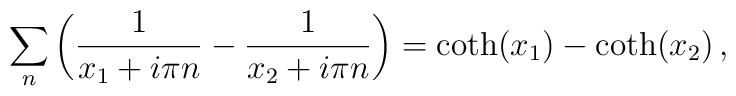
\sum_n\left(\frac{1}{x_1+i\pi n}-\frac{1}{x_2+i\pi n}\right)=\coth(x_1)-\coth(x_2)\,,